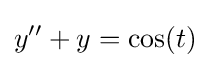
y''+y=\cos(t)